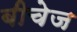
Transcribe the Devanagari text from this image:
बीचेज